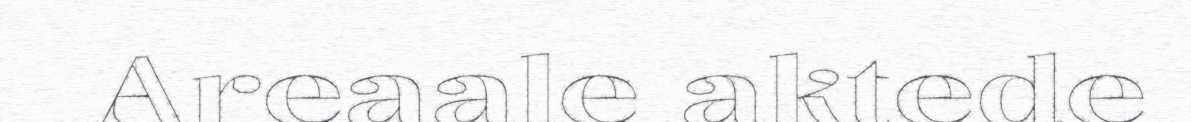
Areaale aktede